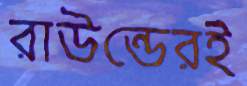
রাউন্ডেরই